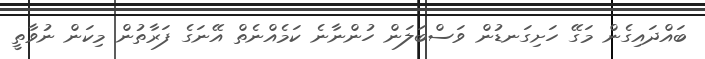
ބައްދައިގެން މަގޭ ހަށިގަނޑުން ވަސްބަލަން ހުންނާނެ ކަމެއްނެތް އޭނަގެ ފަރާތުން މިކަން ނުވާތީ